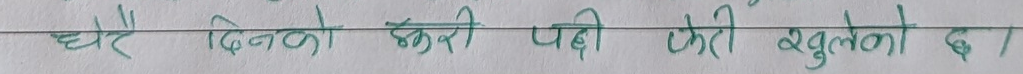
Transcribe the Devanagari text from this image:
धेरै दिनको झरी पछी फेरि खुल्यो द ।